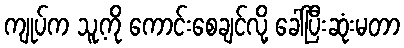
ကျုပ်က သူ့ကို ကောင်းစေချင်လို့ ခေါ်ပြီးဆုံးမတာ